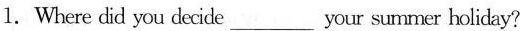
1.Where did you decide___your summer holiday?